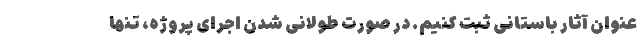
عنوان آثار باستانی ثبت کنیم. در صورت طولانی شدن اجرای پروژه، تنها